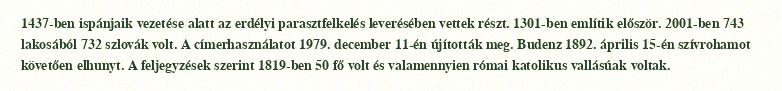
1437-ben ispánjaik vezetése alatt az erdélyi parasztfelkelés leverésében vettek részt. 1301-ben említik először. 2001-ben 743 lakosából 732 szlovák volt. A címerhasználatot 1979. december 11-én újították meg. Budenz 1892. április 15-én szívrohamot követően elhunyt. A feljegyzések szerint 1819-ben 50 fő volt és valamennyien római katolikus vallásúak voltak.